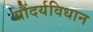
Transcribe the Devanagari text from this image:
सौंदर्यविधान